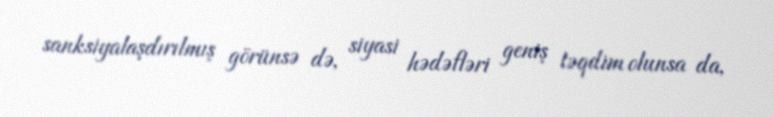
sanksiyalaşdırılmış görünsə də, siyasi hədəfləri geniş təqdim olunsa da,